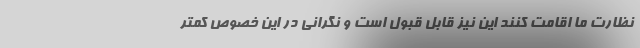
نظارت ما اقامت کنند این نیز قابل قبول است و نگرانی در این خصوص کمتر